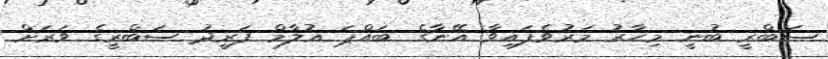
ސަބްރީ ބުނީ މިހާރު މަރުވެފައިވާ އޭނާގެ ބައްޕަ ޣުލާމް ފަރީދު ސަބްރީގެ ވަރަށް